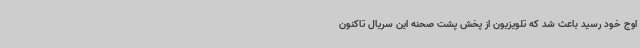
اوج خود رسید باعث شد که تلویزیون از پخش پشت صحنه این سریال تاکنون